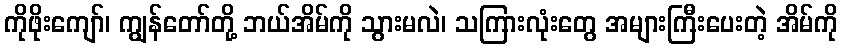
ကိုဖိုးကျော်၊ ကျွန်တော်တို့ ဘယ်အိမ်ကို သွားမလဲ၊ သကြားလုံးတွေ အများကြီးပေးတဲ့ အိမ်ကို